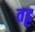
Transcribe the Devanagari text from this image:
तट्ट